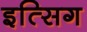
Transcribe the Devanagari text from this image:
इत्सिग